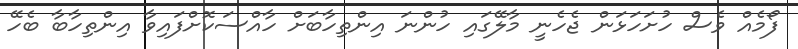
ފޯމެއް ވެސް ހުށަހަޅަން ޖެހެނީ މާލޭގައި ހުންނަ އިންތިހާބަށް ހާއްސަކޮށްފައިވާ އިންތިހާބާ ބެހޭ